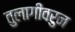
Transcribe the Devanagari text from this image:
तुलागीवरुन